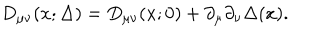
LaTeX: D _ { \mu \nu } ( x ; \Delta ) = D _ { \mu \nu } ( x ; 0 ) + \partial _ { \mu } \partial _ { \nu } \Delta ( x ) .